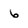
Character: 6